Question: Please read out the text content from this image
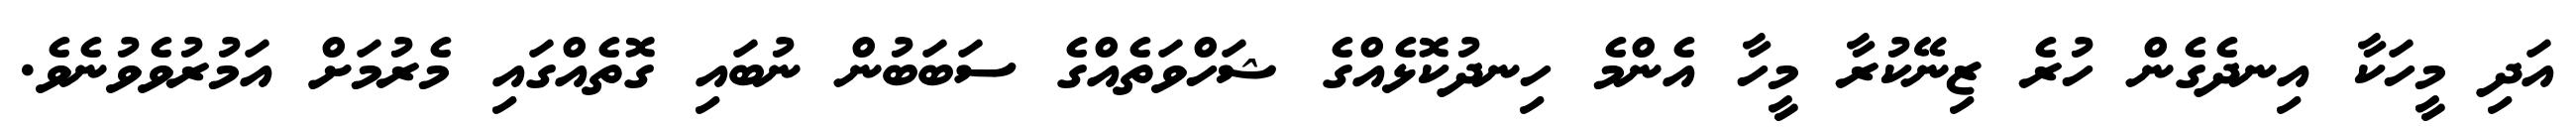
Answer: އަދި މީހަކާ އިނދެގެން ހުރެ ޒިނޭކުރާ މީހާ އެންމެ ހިނދުކޮޅެއްގެ ޝަހްވަތެއްގެ ސަބަބުން ނުބައި ގޮތެއްގައި މެރުމަށް އަމުރުވެވުނެވެ.